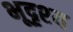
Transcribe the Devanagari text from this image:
भूदृश्‍य